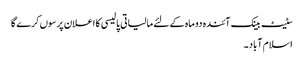
سٹیٹ بینک آئندہ دو ماہ کے لئے مالیاتی پالیسی کا اعلان پرسوں کرے گا
اسلام آباد ۔